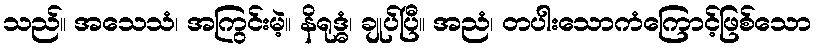
သည်။ အသေသံ၊ အကြွင်းမဲ့။ နိရုဒ္ဓံ၊ ချုပ်ပြီ။ အညံ၊ တပါးသောကံကြောင့်ဖြစ်သော